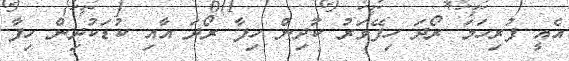
އެއީ ފުރިހަމަ ރޯދަ ހިފޭވަރު ކުދިން ހިފާ ރޯދަ އާއި ކުޑަކުދިން ހިފާ